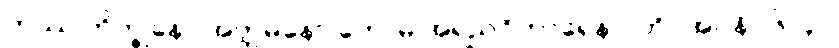
တဿ ဘိက္ခုနော အတ္တမနော ဟောမိ အရညဝိဟာရေနာ”တိ (အ။ နိ။ ၆။၄၂၊